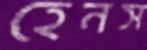
হেনস